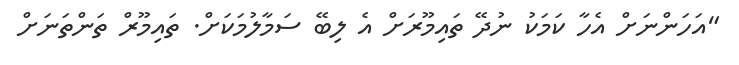
"އަހަންނަށް އެހާ ކަމަކު ނުދޭ ތައިމޫރަށް އެ ލިބޭ ސަމާލުމަކަށް. ތައިމޫރް ތަންތަނަށް